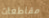
مقاطعات